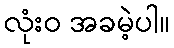
လုံးဝ အခမဲ့ပါ။